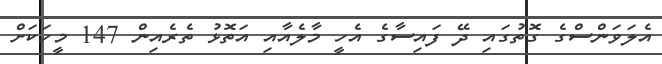
އެލަވަންސްގެ ގޮތުގައި ދޭ ފައިސާގެ އެހީ މާލެއާއި އަތޮޅު ތެރެއިން 147 މީހަކަށް